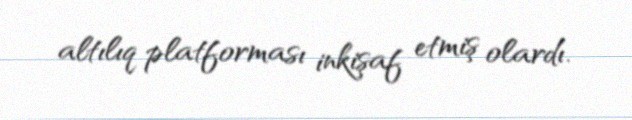
altılıq platforması inkişaf etmiş olardı.